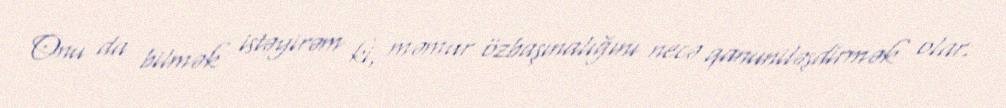
Onu da bilmək istəyirəm ki, məmur özbaşınalığını necə qanuniləşdirmək olar.